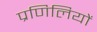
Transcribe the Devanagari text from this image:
प्रणिलियों